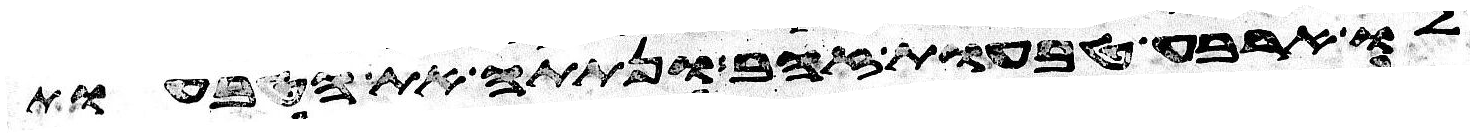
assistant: לו ארבע טבעות זהב ונתתה את הטבעות